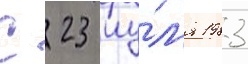
С 23 иу́л'я 1983